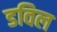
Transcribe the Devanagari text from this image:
डविल